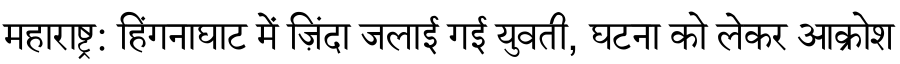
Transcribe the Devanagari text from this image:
महाराष्ट्र: हिंगनाघाट में ज़िंदा जलाई गई युवती, घटना को लेकर आक्रोश